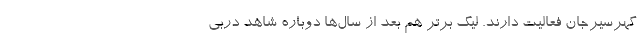
گهرسیرجان فعالیت دارند. لیگ برتر هم بعد از سال‌ها دوباره شاهد دربی